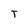
Character: T